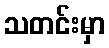
သတင်းမှာ